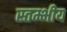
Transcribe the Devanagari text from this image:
स्तम्भीय